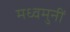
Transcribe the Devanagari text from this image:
मध्वमुनीं